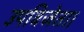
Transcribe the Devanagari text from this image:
उपविजेता।